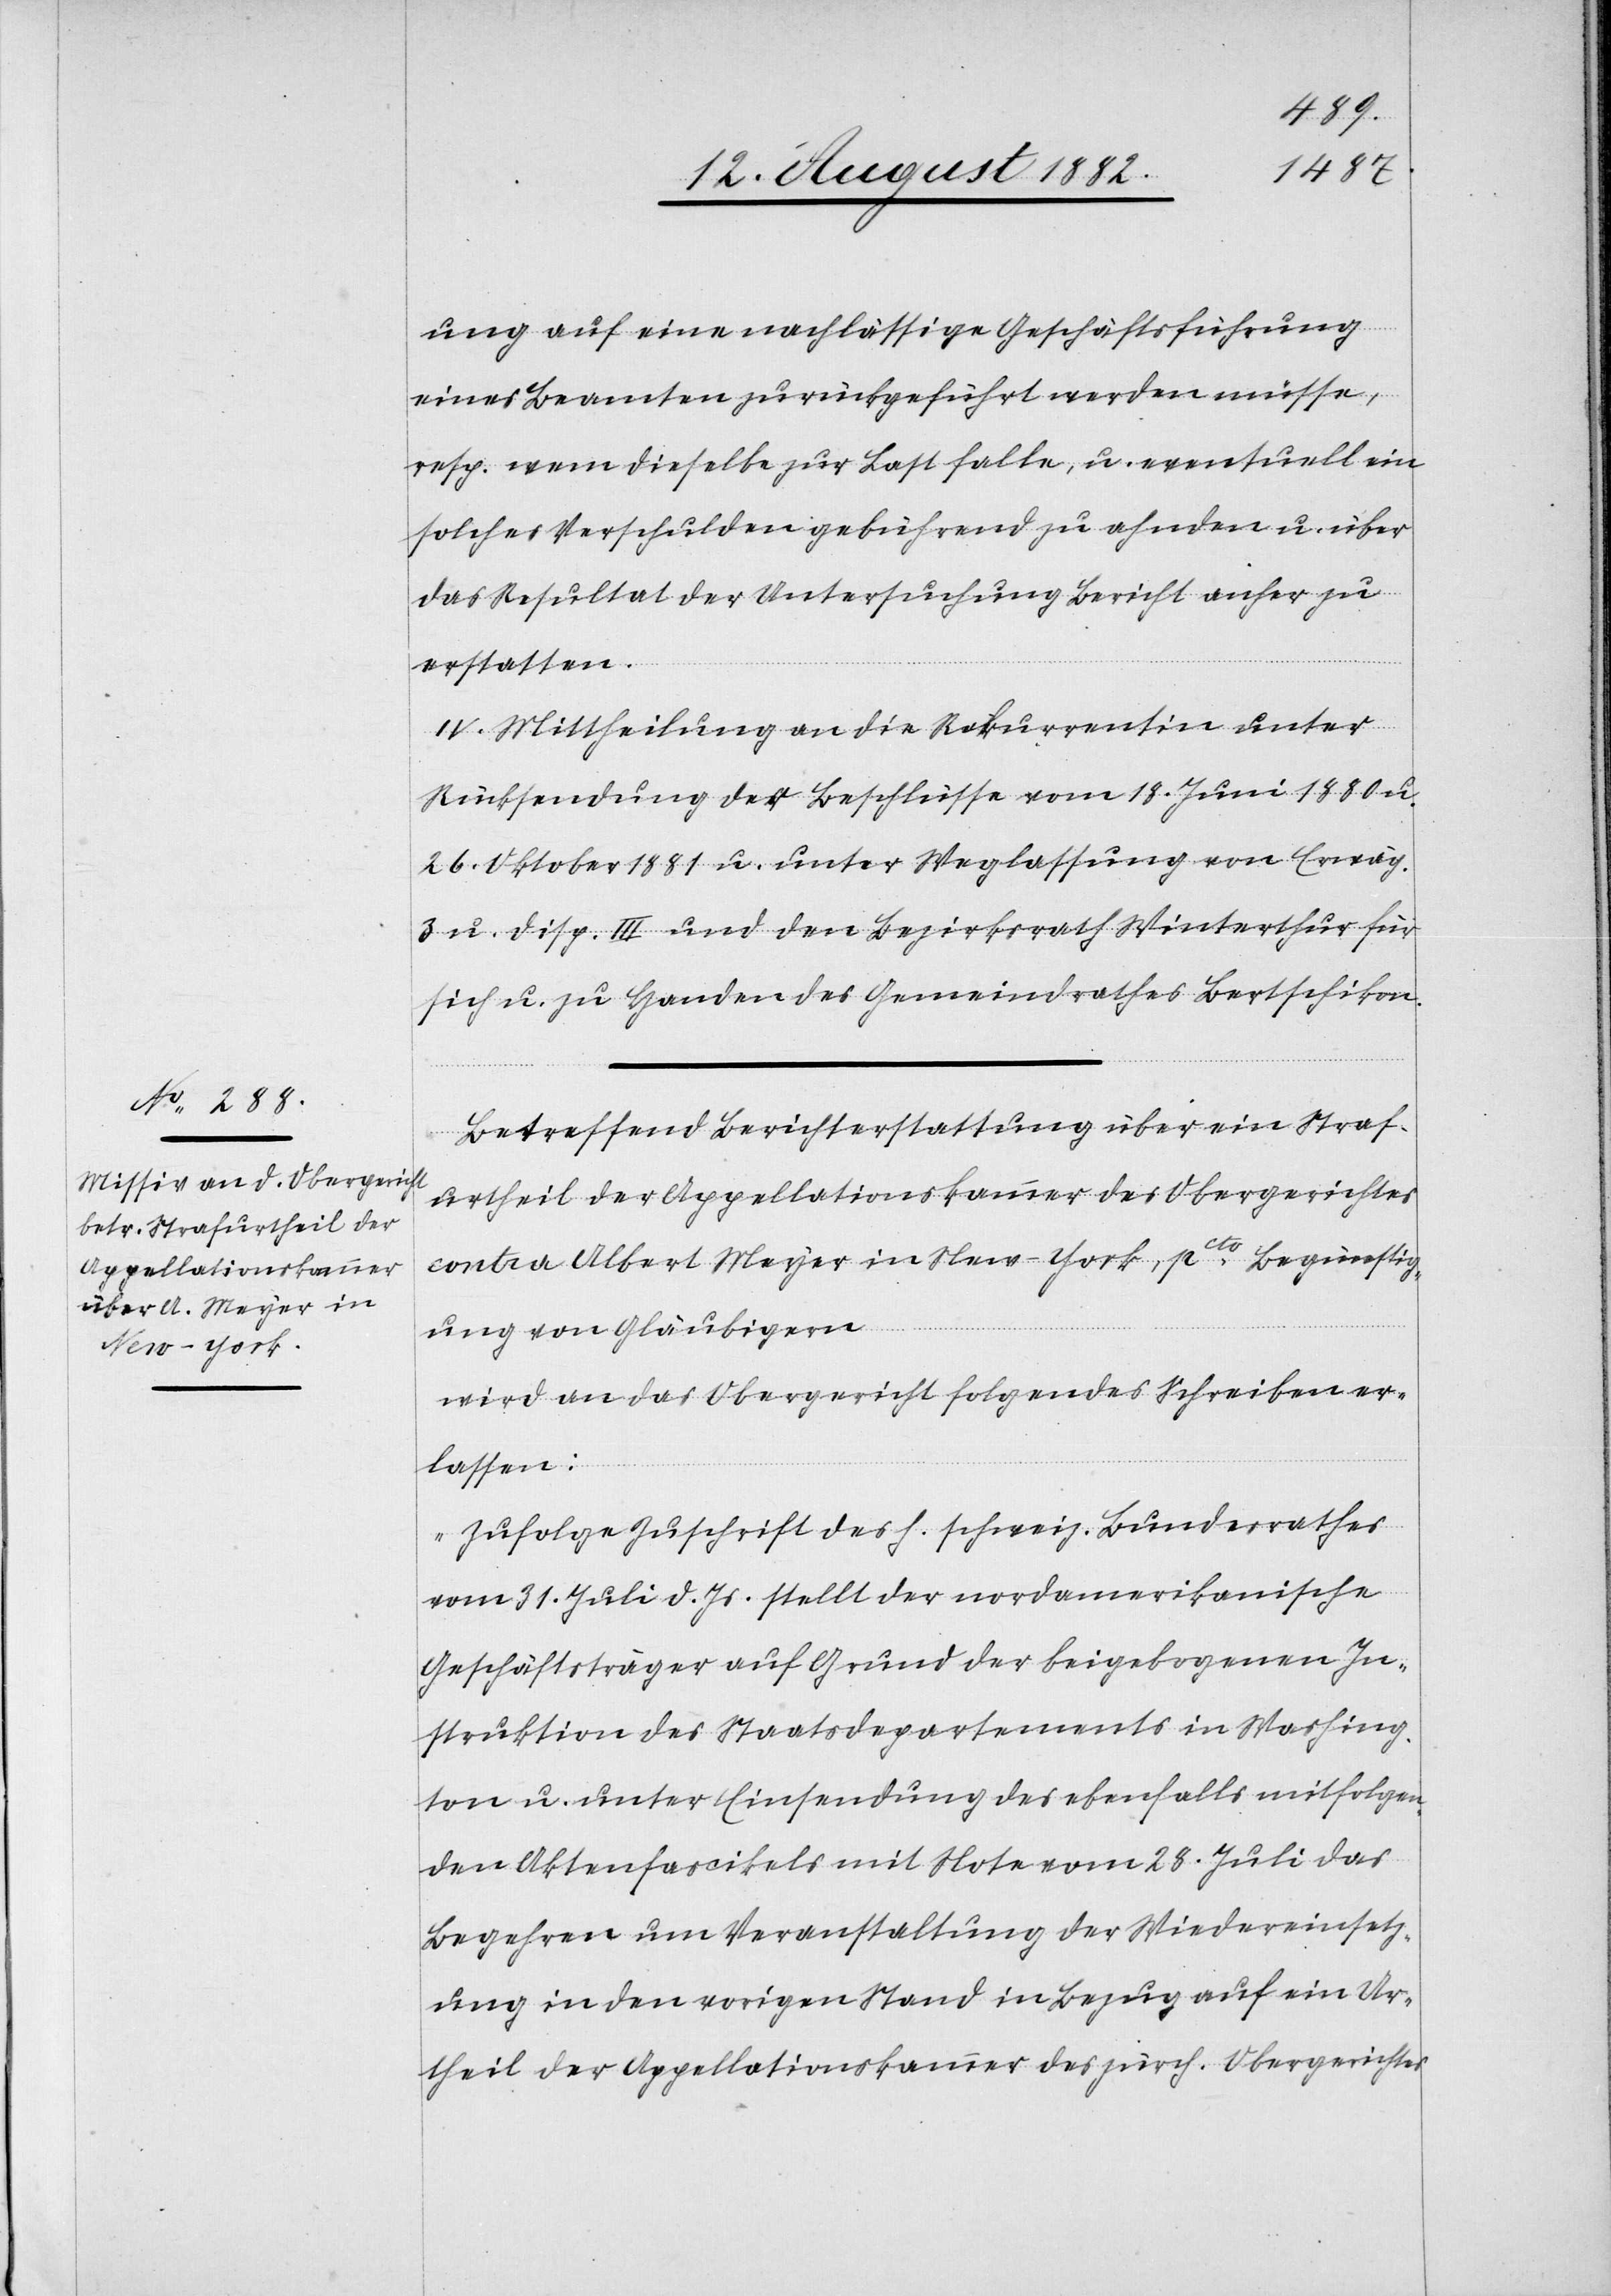
ung auf eine nachlässige Geschäftsführung
eines Beamten zurückgeführt werden müsse,
resp. wem dieselbe zur Last falle, u. eventuell ein
solches Verschulden gebührend zu ahnden u. über
das Resultat der Untersuchung Bericht anher zu
erstatten.
IV. Mittheilung an die Rekurrentin unter
Rücksendung der Beschlüsse vom 18. Juni 1880 u.
26. Oktober 1881 u. unter Weglassung von Erwäg.
3 u. Disp. III und den Bezirksrath Winterthur für
sich u. zu Handen des Gemeindrathes Bertschikon.
Betreffend Berichterstattung über ein Straf¬
urtheil der Appellationskammer des Obergerichtes
contra Albert Meyer in New-York, pto Begünstig¬
ung von Gläubigern
wird an das Obergericht folgendes Schreiben er¬
lassen:
„Zufolge Zuschrift des h. schweiz. Bundesrathes
vom 31. Juli d. Js. stellt der nordamerikanische
Geschäftsträger auf Grund der beigebogenen In¬
struktion des Staatsdepartements in Washing¬
ton u. unter Einsendung des ebenfalls mitfolgen¬
den Aktenfascikels mit Note vom 28. Juli das
Begehren um Veranstaltung der Wiedereinsetz¬
ung in den vorigen Stand in Bezug auf ein Ur¬
theil der Appellationskammer des zürch. Obergerichtes